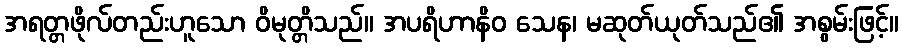
အရတ္တဖိုလ်တည်းဟူသော ဝိမုတ္တိသည်။ အပရိဟာနိဝ သေန၊ မဆုတ်ယုတ်သည်၏ အစွမ်းဖြင့်။